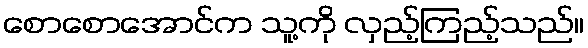
စောစောအောင်က သူ့ကို လှည့်ကြည့်သည်။